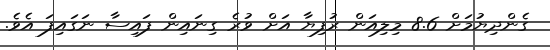
ގެންދިޔުމަށް 8.6 މިލިއަން ރުފިޔާ އަށް ވުރެ ގިނައިން ފައިސާ ނަގައިފަ އެވެ.